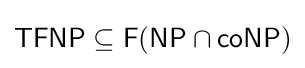
{\mathsf {TFNP}}\subseteq {\mathsf {F}}({\mathsf {NP}}\cap {\mathsf {coNP}})